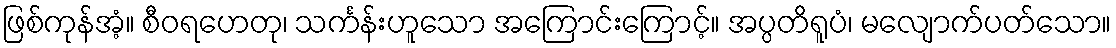
ဖြစ်ကုန်အံ့။ စီဝရဟေတု၊ သင်္ကန်းဟူသော အကြောင်းကြောင့်။ အပ္ပတိရူပံ၊ မလျောက်ပတ်သော။